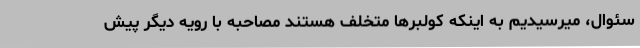
سئوال، میرسیدیم به اینکه کولبرها متخلف هستند مصاحبه با رویه دیگر پیش